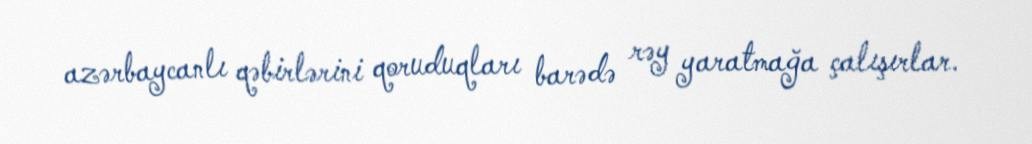
azərbaycanlı qəbirlərini qoruduqları barədə rəy yaratmağa çalışırlar.